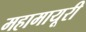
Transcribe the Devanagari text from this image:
महामायूरी